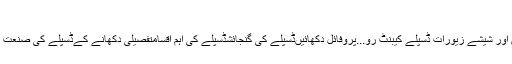
کا ایک جوڑا: زیورات کی پیکنگ علم کہاں
زیورات کی پیکنگ علم کہاںلکڑی اور شیشے زیورات ڈسپلے کیبنٹ رو...لکڑی اور شیشے زیورات ڈسپلے کیبنٹ رو...پروفائل دکھائیںڈسپلے کی گنجائشڈسپلے کی اہم اقسامتفصیلی دکھانے کےڈسپلے کی صنعت کی درجہ بندیدکھانے کا اصل مقصددکھانے کی دیکھ بھال کے ایجنٹ کا منت...